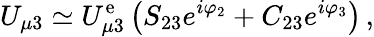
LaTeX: U_{\mu 3}\simeq U_{\mu 3}^{\mathrm{e}}\left(S_{23}e^{i\varphi_{2}}+C_{23}e^{i\varphi_{3}}\right)\, ,